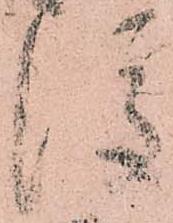
後